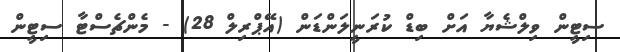
ސިޓީން ވިލްޝެޔާ އަށް ބިޑް ކުރަނީލަންޑަން (އޭޕްރިލް 28) - މެންޗެސްޓާ ސިޓީން